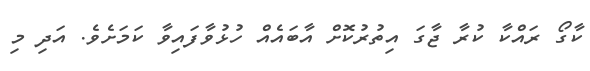
ކާގޯ ރައްކާ ކުރާ ޖާގަ އިތުރުކޮށް އާބައެއް ހުޅުވާފައިވާ ކަމަށެވެ. އަދި މި